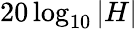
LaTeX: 20\log_{10}|H|